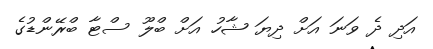
އަދި ދެ ވަނަ އަށް ދިޔަ ޝާހު އަށް ބްލޫ ސްޓާ ބްރޭންޑުގެ